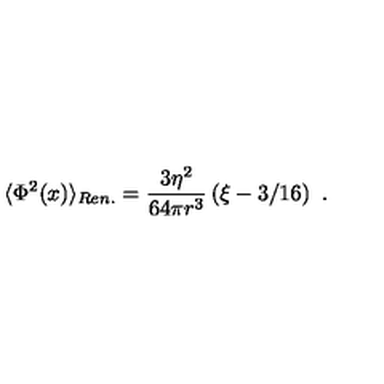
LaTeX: \langle \Phi ^ { 2 } ( x ) \rangle _ { R e n . } = \frac { 3 \eta ^ { 2 } } { 6 4 \pi r ^ { 3 } } \left( \xi - 3 / 1 6 \right) \ .